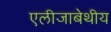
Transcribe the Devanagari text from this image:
एलीजाबेथीय